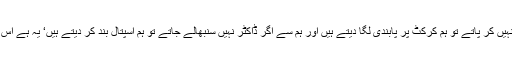
ہم اگربکیز کو قابو نہیں کر پاتے تو ہم کرکٹ پر پابندی لگا دیتے ہیں اور ہم سے اگر ڈاکٹر نہیں سنبھالے جاتے تو ہم اسپتال بند کر دیتے ہیں‘ یہ ہے اس ملک کی مینجمنٹ!